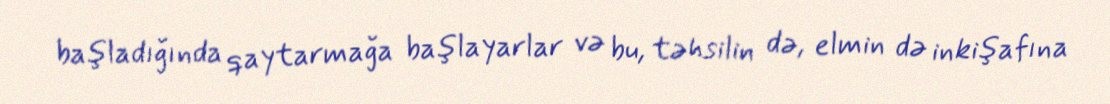
başladığında qaytarmağa başlayarlar və bu, təhsilin də, elmin də inkişafına